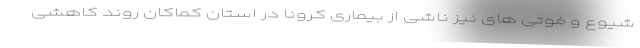
شیوع و فوتی های نیز ناشی از بیماری کرونا در استان کماکان روند کاهشی